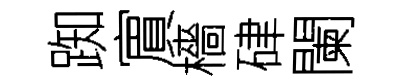
踟賔檣硉闌